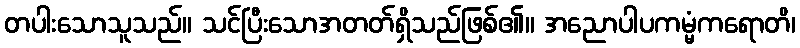
တပါးသောသူသည်။ သင်ပြီးသောအတတ်ရှိသည်ဖြစ်၏။ အညောပါပကမ္မံကရောတိ၊